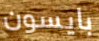
بايسون